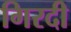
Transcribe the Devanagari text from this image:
गिरदी